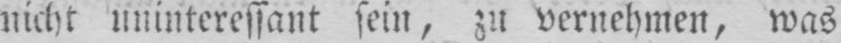
nicht uninteressant sein, zu vernehmen, was